Bréfritari: Sigfús Jónasson Bergmann
Dagsetning: A-1897-01-12
Skrifað á: Vesturheimi

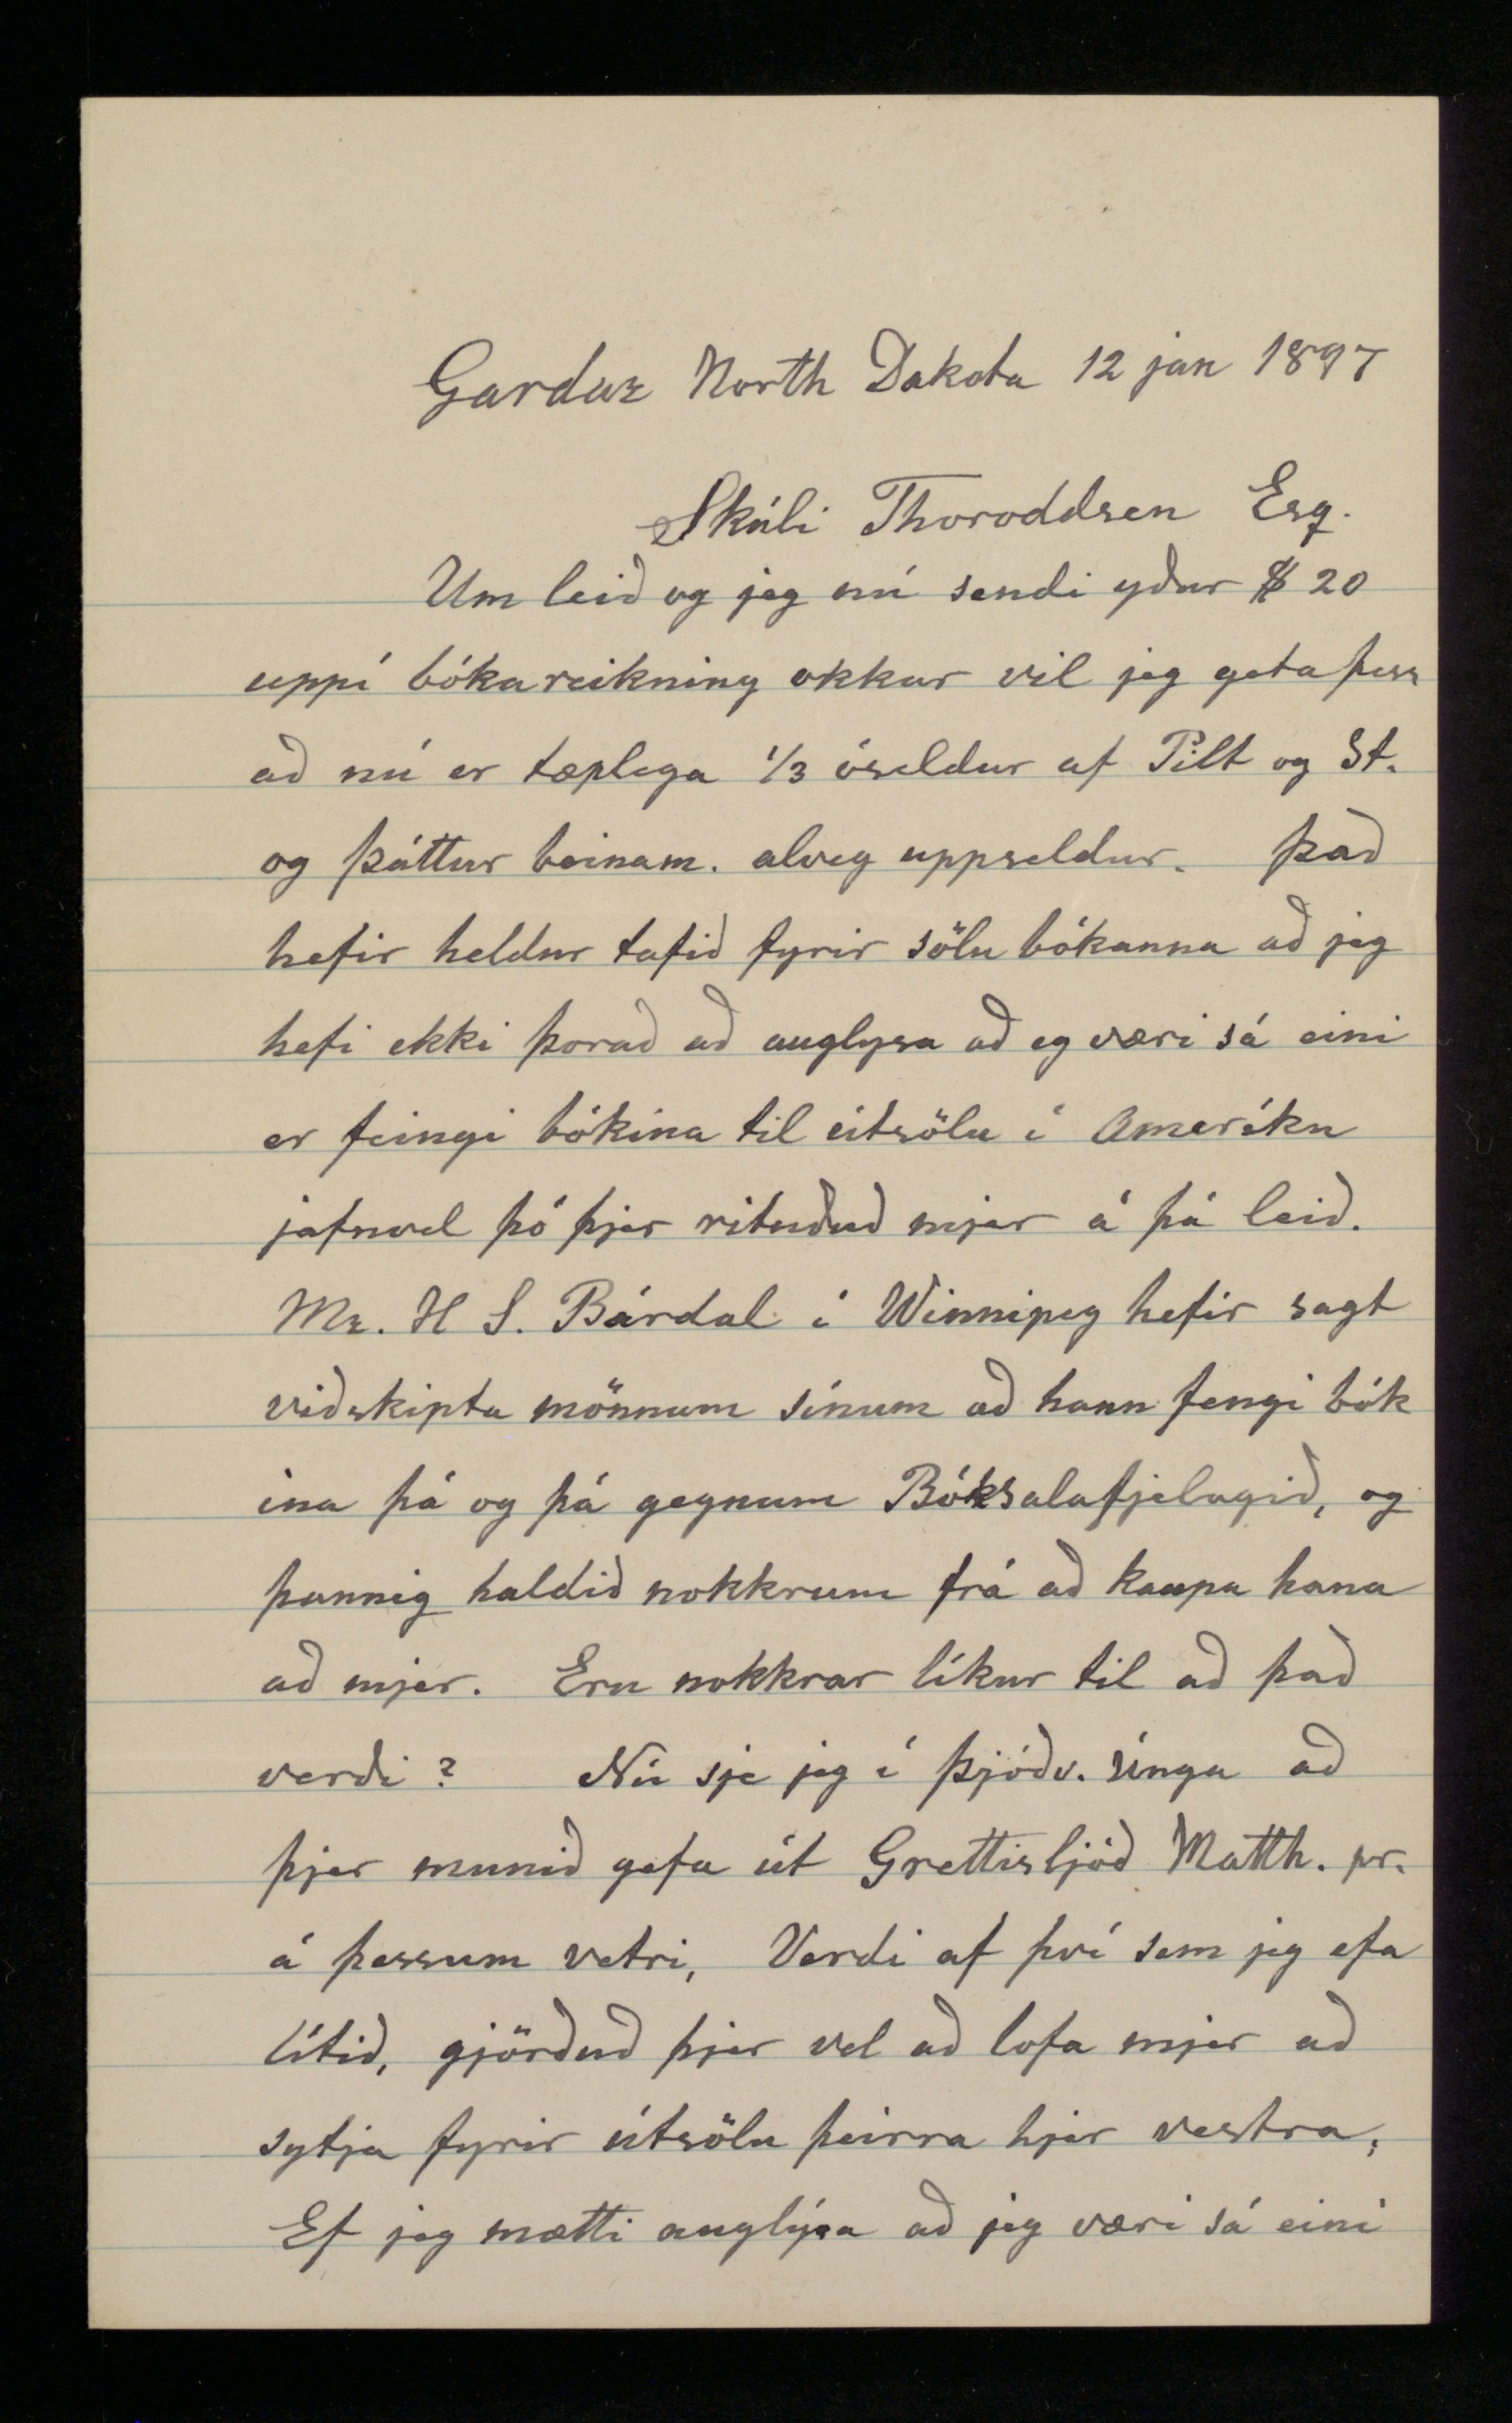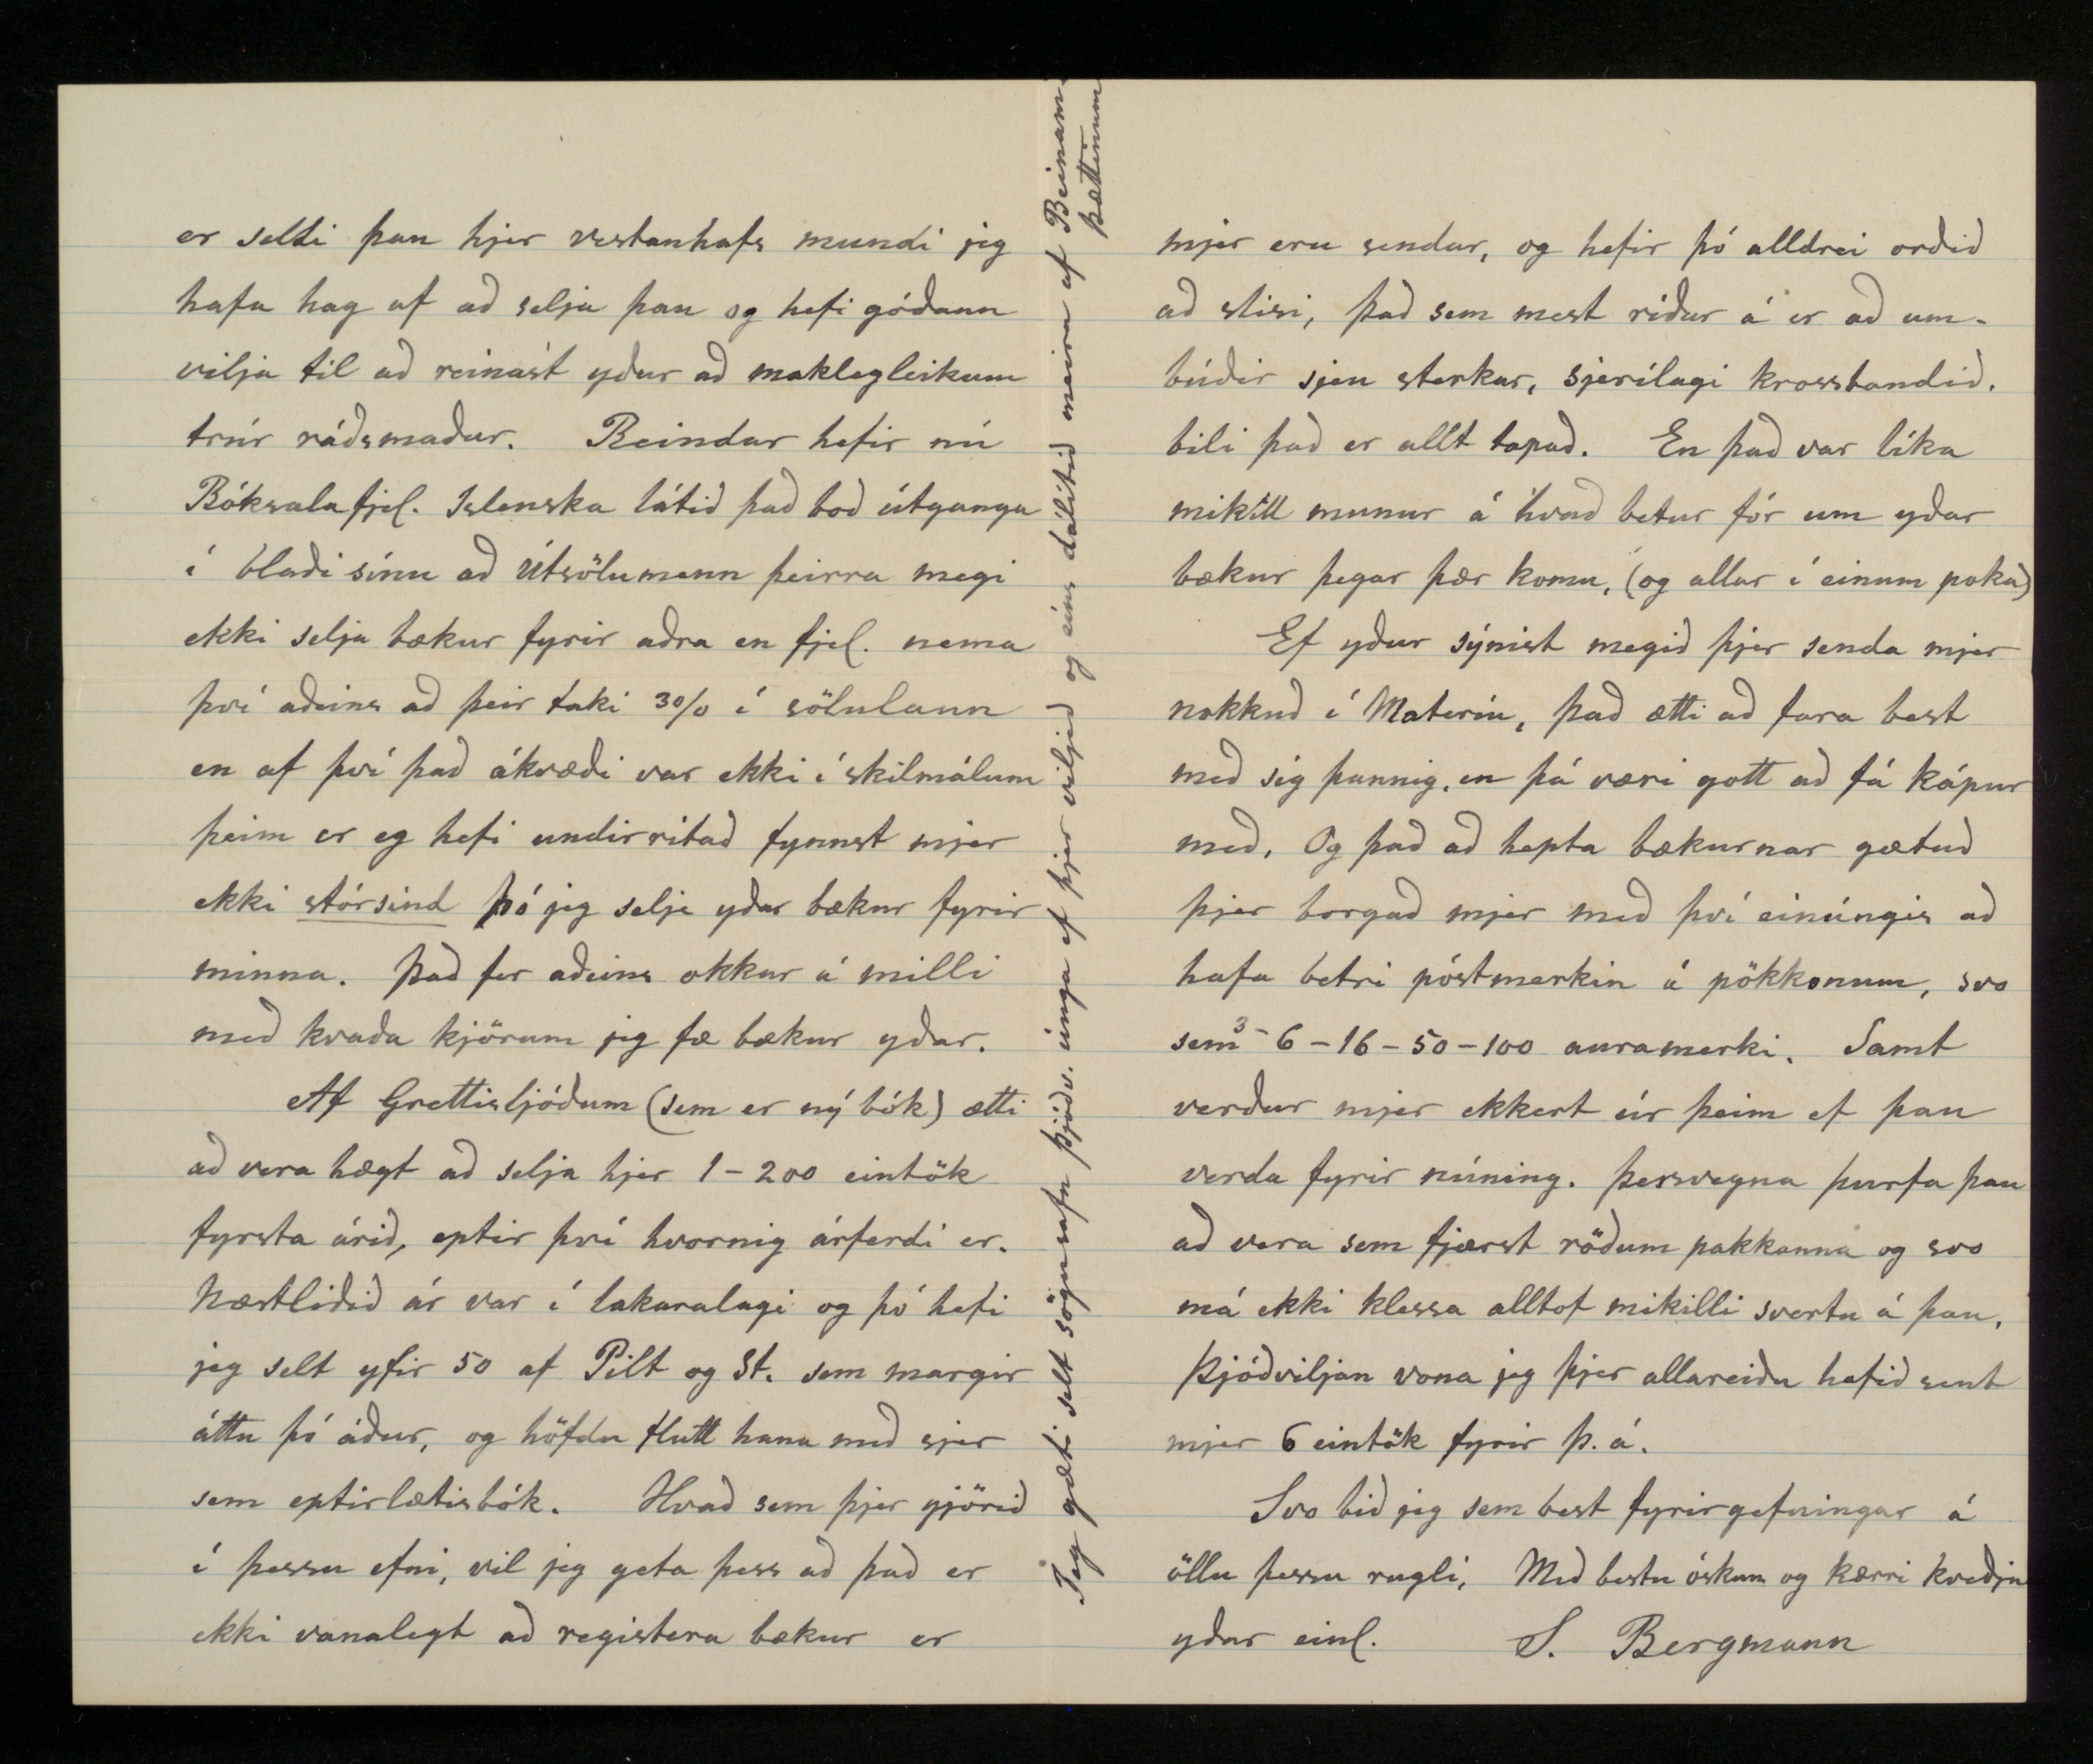

Gardar North Dakota 12 jan 1897
Skúli Thoroddsen Esq.
Um leið og jeg nú sendi yður $20 uppí bókareikning okkar vil jeg geta þess að nú er tæplega 1/3 óseldur af Pilt og St. og þáttur beinam. alveg uppseldur. Það hefir heldur tafið fyrir sölu bókanna að jeg hefi ekki þorað að auglysa að eg væri sá eini er feingi bókina til útsölu í Ameríku jafnvel þó þjer rituðuð mjer á þá leið. Mr. H. S. Bárdal í Winnipeg hefir sagt viðskipta mönnum sínum að hann fengi bókina þá og þá gegnum Bóksalafjelagið, og þannig haldið nokkrum frá að kaupa hana af mjer. Eru nokkrar líkur til að það verði? Nú sje jeg í Þjóðv. Únga að þjer munið gefa út Grettisljóð Matth. pr. á þessum vetri. Verdi af því sem jeg efa lítið, gjörðuð þjer vel að lofa mjer að sytja fyrir útsölu þeirra hjer vestra. Ef jeg mætti auglýsa að jeg væri sá eini
er seldi þau hjer vestanhafs mundi jeg hafa hag af að selja þau og hefi góðann vilja til að reinast yður að maklegleikum trúr ráðsmaður. Reindar hefir nú Bóksalafjel. Islenska látið það boð útganga í blaði sínu að útsölumenn þeirra megi ekki selja bækur fyrir aðra en fjel. nema því aðeins að þeir taki 3% í sölulaun en af því það ákvæði var ekki í skilmálum þeim er eg hefi undirritað fynnst mjer ekki
stórsind
þó jeg selji yðar bækur fyrir minna. Það fer aðeins okkar á milli með kvaða kjörum jeg fæ bækur yðar.
Af Grettisljóðum (sem er ný bók) ætti að vera hægt að selja hjer 1-200 eintök fyrsta árið, eptir því hvernig árferdi er. Næstliðið ár var í lakaralagi og þó hefi jeg selt yfir 50 af Pilt og St. sem margir áttu þó áður, og höfdu flutt hana með sjer sem eptirlætisbók. Hvað sem þjer gjörið í þessu efni, vil jeg geta þess að það er ekki vanalegt að registera bækur er
mjer eru sendar, og hefir þó alldrei orðið að slisi, það sem mest ríður á er að umbúðir sjeu sterkar, sjerílagi krossbandið, bili það er allt tapað. En það var líka mikill munur á hvað betur fór um yðar bækur þegar þær komu, (og allar í einum poka)
Ef yður sýnist megið þjer senda mjer nokkuð í Materíu, það ætti að fara best með sig þannig, en þá væri gott að fá kápur með. Og það að hepta bækurnar gætuð þjer borgað mjer með því einúngis að hafa betri póstmerkin á pökkonum, svo sem
3
-6-16-50-100 auramerki. Samt verður mjer ekkert úr þeim ef þau verda fyrir núning. þessvegna þurfa þau að vera sem fjærst röðum pakkanna og svo má ekki klessa alltof mikilli svertu á þau, Þjóðviljan vona jeg þjer allareiðu hafið sent mjer 6 eintök fyrir þ.á.
Svo bið jeg sem best fyrirgefningar á öllu þessu rugli, Með bestu óskum og kærri kveðju yðar einl.
S. Bergmann
Jeg gæti selt sögusafn Þjóðv. únga ef þjer viljið og eins dálítið meira af Beinam. þættinum